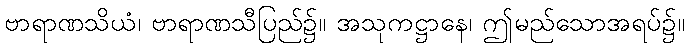
ဗာရာဏသိယံ၊ ဗာရာဏသီပြည်၌။ အသုကဋ္ဌာနေ၊ ဤမည်သောအရပ်၌။